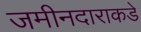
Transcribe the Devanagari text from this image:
जमीनदाराकडे